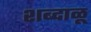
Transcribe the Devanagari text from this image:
शब्दाळू